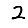
Digit: 2